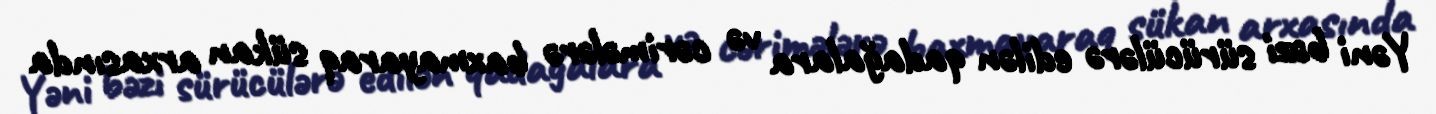
Yəni bəzi sürücülərə edilən qadağalara və cərimələrə baxmayaraq sükan arxasında